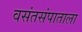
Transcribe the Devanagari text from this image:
वसंतसंपाताला